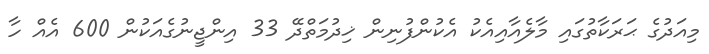
މިއަދުގެ ޙަރަކާތުގައި މާލެއާއިއެކު އެކުންފުނިން ޚިދުމަތްދޭ 33 އިންޖީނުގެއަކުން 600 އެއް ހާ